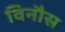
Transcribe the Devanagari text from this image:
विनौस